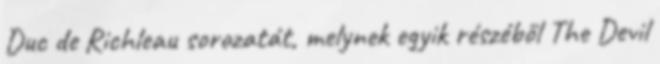
Duc de Richleau sorozatát, melynek egyik részéből The Devil